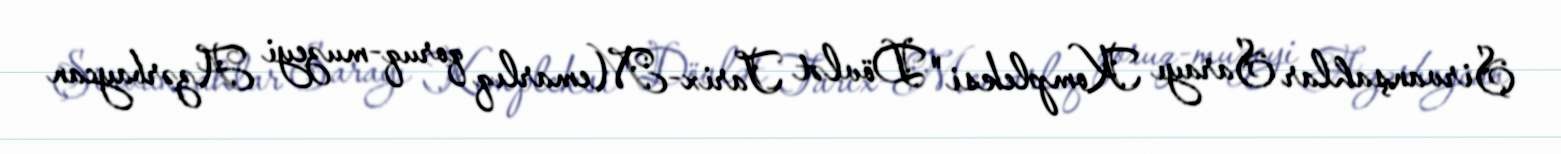
Şirvanşahlar Sarayı Kompleksi" Dövlət Tarix-Memarlıq qoruq-muzeyi Azərbaycan